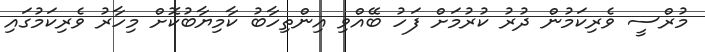
މުރްސީ ވެރިކަމުން ދުރު ކުރުމަށް ފަހު ބޭއްވި އިންތިހާބު ކާމިޔާބުކޮށް މިހާރު ވެރިކަމުގައި